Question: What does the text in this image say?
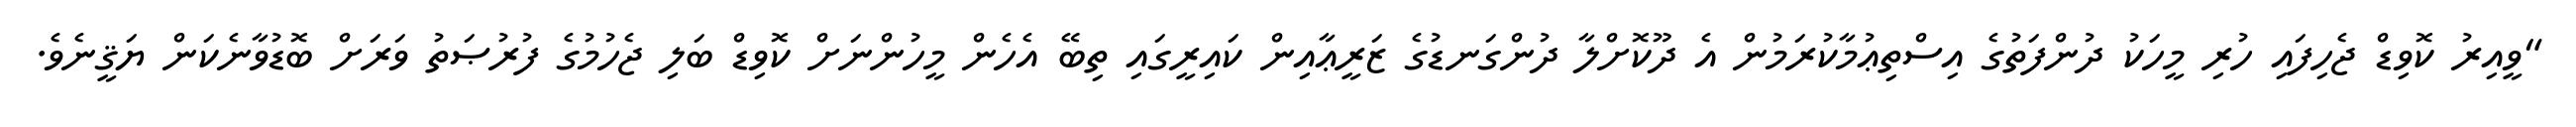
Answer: "ވީއިރު ކޮވިޑް ޖެހިފައި ހުރި މީހަކު ދުންފަތުގެ އިސްތިޢުމާކުރަމުން އެ ދޫކޮށްލާ ދުންގަނޑުގެ ޒަރީޢާއިން ކައިރީގައި ތިބޭ އެހެން މީހުންނަށް ކޮވިޑް ބަލި ޖެހުމުގެ ފުރުޞަތު ވަރަށް ބޮޑުވާނެކަން ޔަޤީނެވެ.